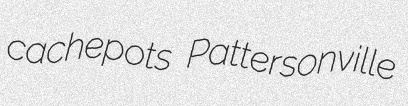
cachepots Pattersonville